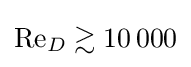
\mathrm {Re} _{D}\gtrsim 10\,000